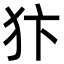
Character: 犿